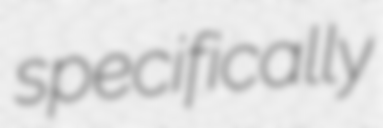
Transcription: specifically